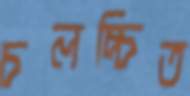
চলচ্চিত